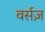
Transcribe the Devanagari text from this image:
वर्सज़